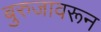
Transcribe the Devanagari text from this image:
बुरुजावरून